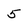
Character: 5